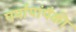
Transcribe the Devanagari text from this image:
पर्यायांपैकी